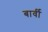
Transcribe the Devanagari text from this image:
बार्वी